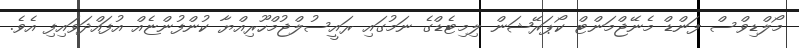
މޯލްޑިވްސް ފަންޑް މެނޭޖްމަންޓް ކޯޕަރޭޝަން ލިމިޓެޑްގެ ނަމުގައި ރައީސުލްޖުމްހޫރިއްޔާ ކުންފުންޏެއް އުފައްދަވައިފި އެވެ.